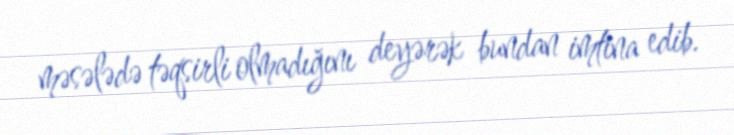
məsələdə təqsirli olmadığını deyərək bundan imtina edib.